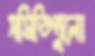
সমিতিগুলো